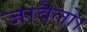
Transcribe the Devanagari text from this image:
जावैलो।